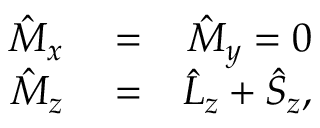
\begin{array} { r l r } { \hat { M } _ { x } } & { { } = } & { \hat { M } _ { y } = 0 } \\ { \hat { M } _ { z } } & { { } = } & { \hat { L } _ { z } + \hat { S } _ { z } , } \end{array}